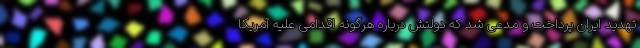
تهدید ایران پرداخت و مدعی شد که دولتش درباره هرگونه اقدامی علیه آمریکا